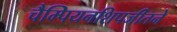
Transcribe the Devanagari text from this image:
चैम्पियनशिपजीतने